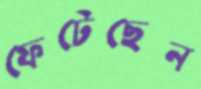
ফেটেছেন